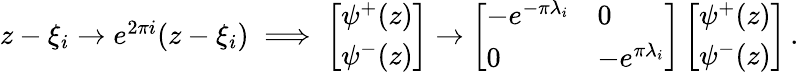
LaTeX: \begin{array}{r}{z-\xi_{i}\to e^{2\pi i}(z-\xi_{i})\implies\left[\begin{array}{l}{\psi^{+}(z)}\\ {\psi^{-}(z)}\end{array}\right]\to\left[\begin{array}{ll}{-e^{-\pi\lambda_{i}}}&{0}\\ {0}&{-e^{\pi\lambda_{i}}}\end{array}\right]\left[\begin{array}{l}{\psi^{+}(z)}\\ {\psi^{-}(z)}\end{array}\right]\, .}\end{array}